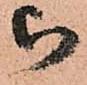
被